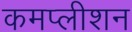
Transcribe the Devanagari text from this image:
कमप्लीशन